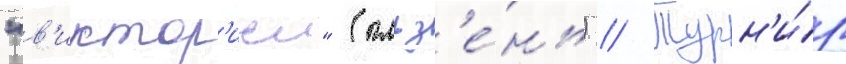
"в'иктор'иеи" (пльз'е́нь) // Турн'и́р